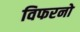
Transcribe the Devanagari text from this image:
विफरनो